Report on the lunatic asylums under the Government of Bombay - 1904-1913
Year: 1904
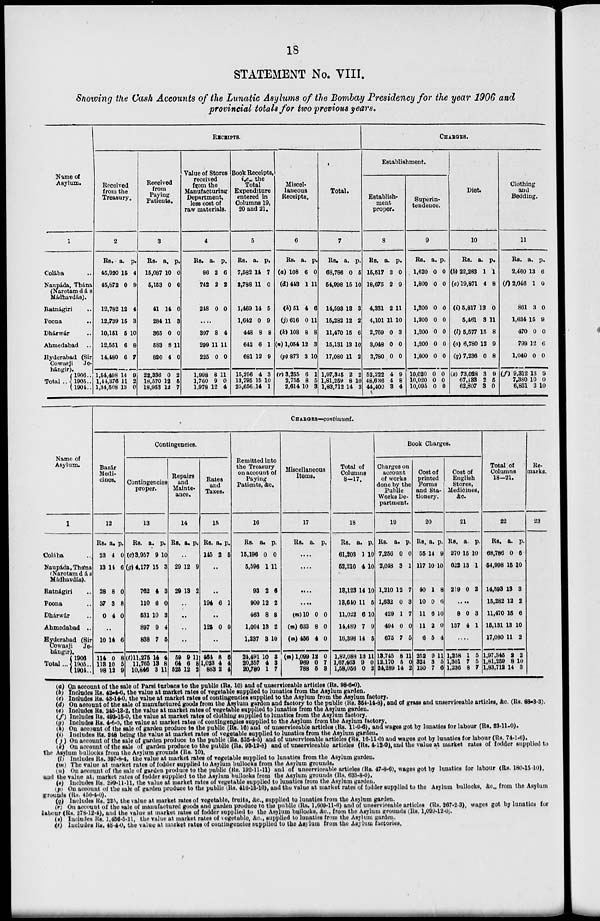
18
STATEMENT No. VIII.
Showing the Cash Accounts of the Lunatic Asylums of the Bombay Presidency for the year 1906 and
provincial totals for two previous years.
Name of
Asylum.
1
Colába ..
Naupáda, Thána
(Narotamdás
Mádhavdás).
Ratnágiri ..
Poona
..
Dhárwár ..
Ahmedabad
..
Hyderabad (Sir
Cowasji
Je¬
hángir).
Total ..
1906 ..
1905 ..
1904 ..
RECEIPTS.
Received
from the
Treasury.
2
Rs.
45,920
45,872
12,782
12,739
10,151
12,551
14,480
1,54,498
1,44,376
1,34,508
a.
15
0
12
15
6
6
6
14
11
13
p.
4
9
4
3
10
8
7
9
2
0
Received
from
Paying
Patients.
3
Rs.
15,087
5,153
41
284
365
583
820
22,336
18,570
18,953
a.
10
0
14
11
0
8
4
0
12
12
p.
0
0
0
3
0
11
0
2
5
7
Value of Stores
received
from the
Manufacturing
Department,
less cost of
raw materials.
4
Rs.
86
742
248
a.
2
2
0
p.
6
2
0
....
397
299
225
1,998
1,760
1,978
8
11
0
8
9
12
4
11
0
11
0
4
Book Receipts,
i.e., the
Total
Expenditure
entered in
Columns 19,
20 and 21.
5
Rs.
7,582
2,788
1,469
1,642
448
642
681
15,256
13,795
25,656
a.
14
11
14
0
8
6
12
4
15
14
p.
7
0
5
9
8
1
9
3
10
1
Miscel-
laneous
Receipts.
6
Rs.
(a) 108
(d)443
(h)51
(j)616
(k) 108
(n) 1,054
(p) 873
(r) 3,255
2,755
2,614
a.
6
1
4
0
8
12
3
6
8
10
p.
0
11
6
11
8
3
10
1
5
3
Total.
7
Rs.
68,786
54,998
14,593
15,282
11,470
15,131
17,080
1,97,345
1,81,259
1,83,712
a.
0
15
13
12
15
13
11
2
8
14
p.
5
10
3
2
6
10
2
2
10
3
CHARFES.
Establishment.
Establish-
ment
proper.
8
Rs.
15,517
18,675
4,331
4,101
2,769
3,048
3,780
52,222
48,636
44,400
a.
3
2
2
11
0
0
0
4
4
3
p.
0
9
11
10
3
0
0
9
8
4
Superin-
tendence.
9
Rs.
1,620
1,800
1,200
1,200
1,200
1,200
1,800
10,020
10,020
10,095
a.
0
0
0
0
0
0
0
0
0
0
p.
0
0
0
0
0
0
0
0
0
0
Diet.
10
Rs.
(b) 22,283
(e)19,871
(i) 5,817
5,461
(l) 5,577
(o) 6,780
(q) 7,236
(s) 73,028
67,133
62,807
a.
1
4
13
3
15
12
0
3
2
3
p.
1
8
0
11
8
9
8
9
5
0
Clothing
and
Bedding.
11
Rs.
2,460
(f) 2,046
861
1,634
470
799
1,040
(f) 9,312
7,380
6,831
a.
13
1
3
15
0
12
0
13
10
3
p.
6
0
0
9
0
6
0
9
0
10
Name of
Asylum.
1
Colába ..
Naupáda, Thána
(Narotamdás
Mádhavdás).
Ratnágiri ..
Poona ..
Dharwár ..
Ahmedabad ..
Hyderabad (Sir
Cowasji Je-
hángir).
Total...
1906 ..
1905..
1904..
CHARGES—continued.
Bazár
Medi-
cines.
12
Rs.
23
13
28
37
0
a.
4
14
8
3
4
p.
0
6
0
8
0
..
10
114
113
98
14
0
10
12
6
8
5
9
Contingencies.
Contingencies
proper.
13
Rs.
(c) 3,957
(g)4,177
762
110
531
897
838
(t)11,275
11,765
10,846
a.
9
15
4
6
10
9
7
14
13
3
p.
10
3
3
0
3
4
5
4
8
11
Repairs
and
Mainte¬
ance.
14
Rs. a. p.
..
29
29
12
13
9
2
..
..
..
..
59
64
525
9
6
12
11
8
2
Rates
and
Taxes.
15
Rs.
145
a.
2
p.
5
..
..
194 6 1
..
125 0 0
..
464
1,023
883
8
4
2
6
4
4
Remitted into
the Treasury
on account of
Paying
Patients, &c.
16
Rs.
15,196
5,596
93
900
463
1,004
1,237
21,491
20,357
20,780
a.
0
1
2
12
8
13
3
10
4
1
p.
0
11
6
2
8
2
10
3
3
7
Miscellaneous
Items.
17
Rs. a. p.
....
....
....
....
(m)10
(m)633
(m) 456
(m) 1,099
969
788
0
8
4
12
0
5
0
0
0
0
7
3
Total of
Columns
8—17.
18
Rs.
61,203
52,210
13,123
13,610
11,022
14,489
16,398
1,89,088
1,67,463
1,58,056
a.
1
4
14
11
6
7
14
13
9
0
p.
10
10
10
5
10
9
5
11
0
2
Book Charges.
Charges on
account
of works
done by the
Public
Works De-
partment.
19
Rs.
7,256
2,048
1,210
1,632
429
494
675
13,745
12,170
24,289
a.
0
3
12
0
1
0
7
8
5
14
p.
0
1
7
3
7
0
5
11
0
2
Cost of
printed
Forms
and Sta-
tionery.
20
Rs.
55
117
40
10
11
11
6
252
324
130
a.
14
10
1
0
6
2
5
9
3
7
p.
9
10
8
6
10
0
4
11
5
6
Cost of
English
Stores,
Medicines,
&c.
21
Rs.
270
622
219
a.
15
13
0
p.
10
1
2
....
8
137
0
4
3
1
....
1,258
1,301
1,236
1
7
8
5
5
7
Total of
Columns
18—21.
22
Rs.
68,786
54,998
14,593
15,282
11,470
15,131
17,080
1,97,345
1,81,259
1,83,712
a.
0
15
13
12
15
13
11
2
8
14
p.
5
10
3
2
6
10
2
2
10
3
Re¬
marks
23
(a) On account of the sale of Parsi turbans to the public (Rs. 10) and of unserviceable articles (Rs. 98-6-0).
(b) Includes Rs. 42-4-6, the value at market rates of vegetable supplied to lunatics from the Asylum garden.
(c) Includes Rs. 43-14-0, the value at market rates of contingencies supplied to the Asylum from the Asylum factory.
(d) On account of the sale of manufactured goods from the Asylum garden and factory to the public (Rs. 354-14-8), and of grass and unserviceable articles, &c. (Rs. 88-3-3).
(e) Includes Rs. 243-13-2, the value at market rates of vegetable supplied to lunatics from the Asylum garden.
(f) Includes Rs. 493-15-0, the value at market rates of clothing supplied to lunatics from the Asylum factory.
(g) Includes Rs. 4-6-0, the value at market rates of contingencies supplied to the Asylum from the Asylum factory.
(h) On account of the sale of garden produce to the public (Rs. 16) and of unserviceable articles (Rs. 11-9-6), and wages got by lunatics for labour (Rs. 23-11-0).
(i) Includes Rs. 248 being the value at market rates of vegetable supplied to lunatics from the Asylum garden,
(j) On account of the sale of garden produce to the public (Rs. 535-4-5) and of unserviceable articles (Rs. 16-11-0) and wages got by lunatics for labour (Rs. 74-1-6).
(k) On account of the sale of garden produce to the public (Rs. 93-12-8) and of unserviceable articles (Rs. 4-12-0), and the value at market rates of fodder supplied
the Asylum bullocks from the Asylum grounds (Rs. 10),
(l) Includes Rs. 397-8-4, the value at market rates of vegetable supplied to lunatics from the Asylum garden.
(m) The value at market rates of fodder supplied to Asylum bullocks from the Asylum grounds.
(n) On account of the sale of garden produce to the public (Rs. 192-11-11) and of unserviceable articles (Rs. 47-8-6), wages got by lunatics for labour (Rs. 180-15-10),
and the value at market rates of fodder supplied to the Asylum bullocks from the Asylum grounds (RS. 633-8-0).
(o) Includes Rs. 299-11-11, the value at market rates of vegetable supplied to lunatics from the Asylum garden.
(p) On account of the sale of garden produce to the public (Rs. 416-15-10), and the value at market rates of fodder supplied to the Asylum bullocks, &c., from the Asylum
grounds (Rs. 456-4-0).
(q) Includes Rs. 285, the value at market rates of vegetable, fruits, &c., supplied to lunatics from the Asylum garden.
(r) On account of the sale of manufactured goods and garden produce to the public (Rs. 1,609-11-6) and of unserviceable articles (Rs. 267-2-3), wages got by lunatics for
labour (Rs. 278-12-4), and the value at market rates of fodder supplied to the Asylum bullocks, &c, from the Asylum grounds (Rs. l,099-12-0).
(s) Includes Rs. 1,466-5-11, the value at market rates of vegetable, &c., supplied to lunatics from the Asylum garden.
(t) lncludes Rs. 48-4-0, the value at market rates of contingencies supplied to the Asylum from the Asylum factories.